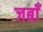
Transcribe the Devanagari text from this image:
जबाँ